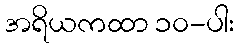
အရိယကထာ ၁၀-ပါး